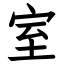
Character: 室